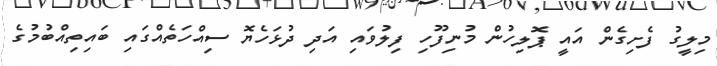
މިލީގު ފެށިގެން އައީ ޕޮލިހުން މުނިފޫހި ފިލުވައި އަދި ދުޅަހެޔޮ ސިއްހަތެއްގައި ބައިތިއްބުމުގެ